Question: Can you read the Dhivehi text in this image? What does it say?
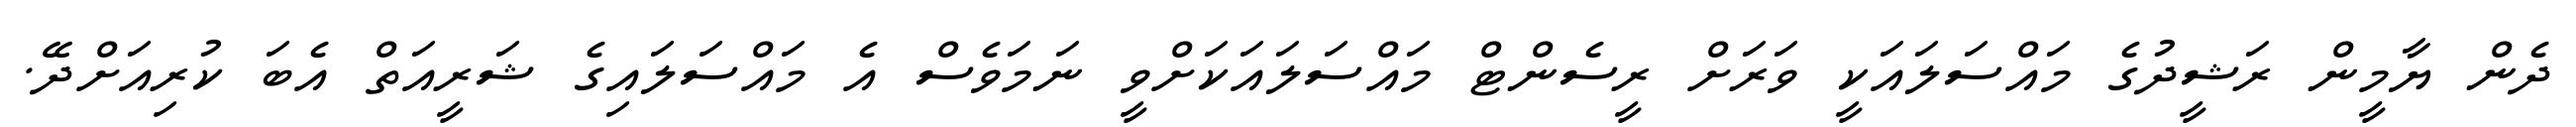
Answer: ދެން ޔާމީން ރަޝީދުގެ މައްސަލައަކީ ވަރަށް ރީސެންޓް މައްސަލައަކަށްވީ ނަމަވެސް އެ މައްސަލައިގެ ޝަރީއަތް އެބަ ކުރިއަށްދޭ.